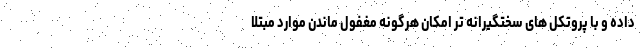
داده و با پروتکل های سختگیرانه تر امکان هرگونه مغفول ماندن موارد مبتلا